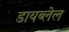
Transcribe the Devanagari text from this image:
डायब्लेल